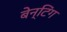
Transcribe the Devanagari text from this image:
बेन्टिंग